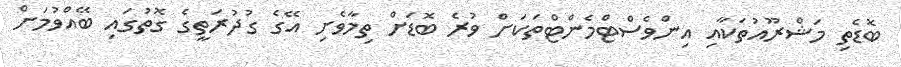
ބޮޑެތި މަޝްރޫއުތަކާއި އިންވެސްޓްމެންޓްތަކަށް ވުރެ ބޮޑަށް ތިމާވެށި އޭގެ ގުދުރަތީގެ ގޮތުގައި ބޭއްވުމަށް